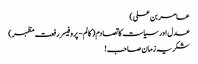
عامر بن علی)
عدل اور سیاست کا تصادم ( کالم - پروفیسر رفعت مظہر)
شکریہ زمان صاحب !